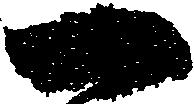
一